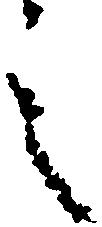
之